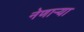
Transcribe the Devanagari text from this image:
नेणाऱ्‍या